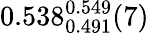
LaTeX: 0.538_{0.491}^{0.549}(7)